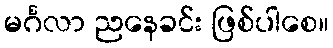
မင်္ဂလာ ညနေခင်း ဖြစ်ပါစေ။